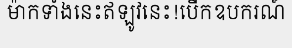
ម៉ាកទាំងនេះឥឡូវនេះ!បើកឧបករណ៍